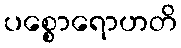
ပစ္စောရောဟတိ